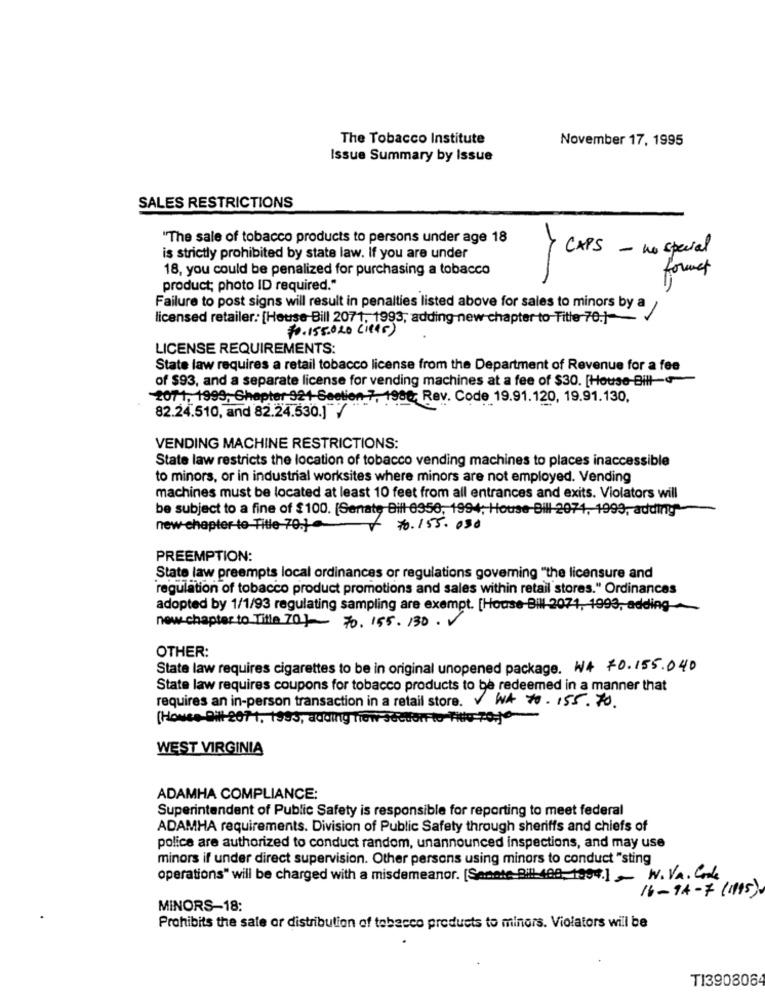
The Tobacco Institute
November 17, 1995
Issue Summary by Issue
SALES RESTRICTIONS
"The sale of tobacco products to persons under age 18
> CAPS - no special
is strictly prohibited by state law. If you are under
18, you could be penalized for purchasing a tobacco
formet
product; photo ID required."
Failure to post signs will result in penalties listed above for sales to minors by a
a 1
licensed retailer. [House Bill 2071, 1993, adding new chapter to Title 70.]-
70.155.020 (iers)
LICENSE REQUIREMENTS:
State law requires a retail tobacco license from the Department of Revenue for a fee
of $93, and a separate license for vending machines at a fee of $30. [House-BH!)-
2071, 1999, Chapter 321 Seetion 7, 1980; Rev. Code 19.91.120, 19.91.130.
82.24.510, and 82.24.530.1 /
VENDING MACHINE RESTRICTIONS:
State law restricts the location of tobacco vending machines to places inaccessible
to minors, or in industrial worksites where minors are not employed. Vending
machines must be located at least 10 feet from all entrances and exits. Violators will
be subject to a fine of $100. [Senate Bill 6956, 1994; House-Bill-2071, 1999, adding"
new chapter-to-Title 70.}
70.155. 050
PREEMPTION:
State law preempts local ordinances or regulations governing "the licensure and
regulation of tobacco product promotions and sales within retail stores." Ordinances
adopted by 1/1/93 regulating sampling are exempt. [House-Bill 2071, 1993, adding
new chapter to Title 70}- 70. 155 . 130 .
OTHER:
State law requires cigarettes to be in original unopened package. W4 70.155.040
State law requires coupons for tobacco products to be redeemed in a manner that
requires an in-person transaction in a retail store. WA 70.155.70.
(House Ditt-2071, 1993, adding now Sector to Title-70,je-
WEST VIRGINIA
ADAMHA COMPLIANCE:
Superintendent of Public Safety is responsible for reporting to meet federal
ADAMHA requirements. Division of Public Safety through sheriffs and chiefs of
police are authorized to conduct random, unannounced inspections, and may use
minors if under direct supervision. Other persons using minors to conduct "sting
operations" will be charged with a misdemeanor. [Senate Bill 408- 1994.] - W. VA. Cook
16-94-7 (1115)
MINORS-18:
Prohibits the sale or distribution of tobacco products to minors. Violators will be
T13908064